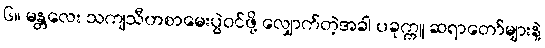
၆။ မန္တလေး သကျသီဟစာမေးပွဲဝင်ဖို့ လျှောက်တဲ့အခါ ပခုက္ကူ ဆရာတော်များနဲ့